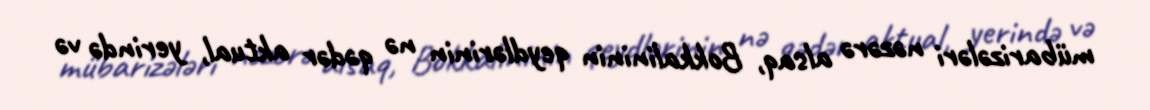
mübarizələri nəzərə alsaq, Bokkalininin qeydlərinin nə qədər aktual, yerində və